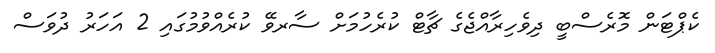
ކެޕްޓަން މޮރެސްބީ ދިވެހިރާއްޖެގެ ޗާޓް ކުރެހުމަށް ސާރވޭ ކުރެއްވުމުގައި 2 އަހަރު ދުވަސް